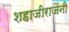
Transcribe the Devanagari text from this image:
शहाजीराजेंनी